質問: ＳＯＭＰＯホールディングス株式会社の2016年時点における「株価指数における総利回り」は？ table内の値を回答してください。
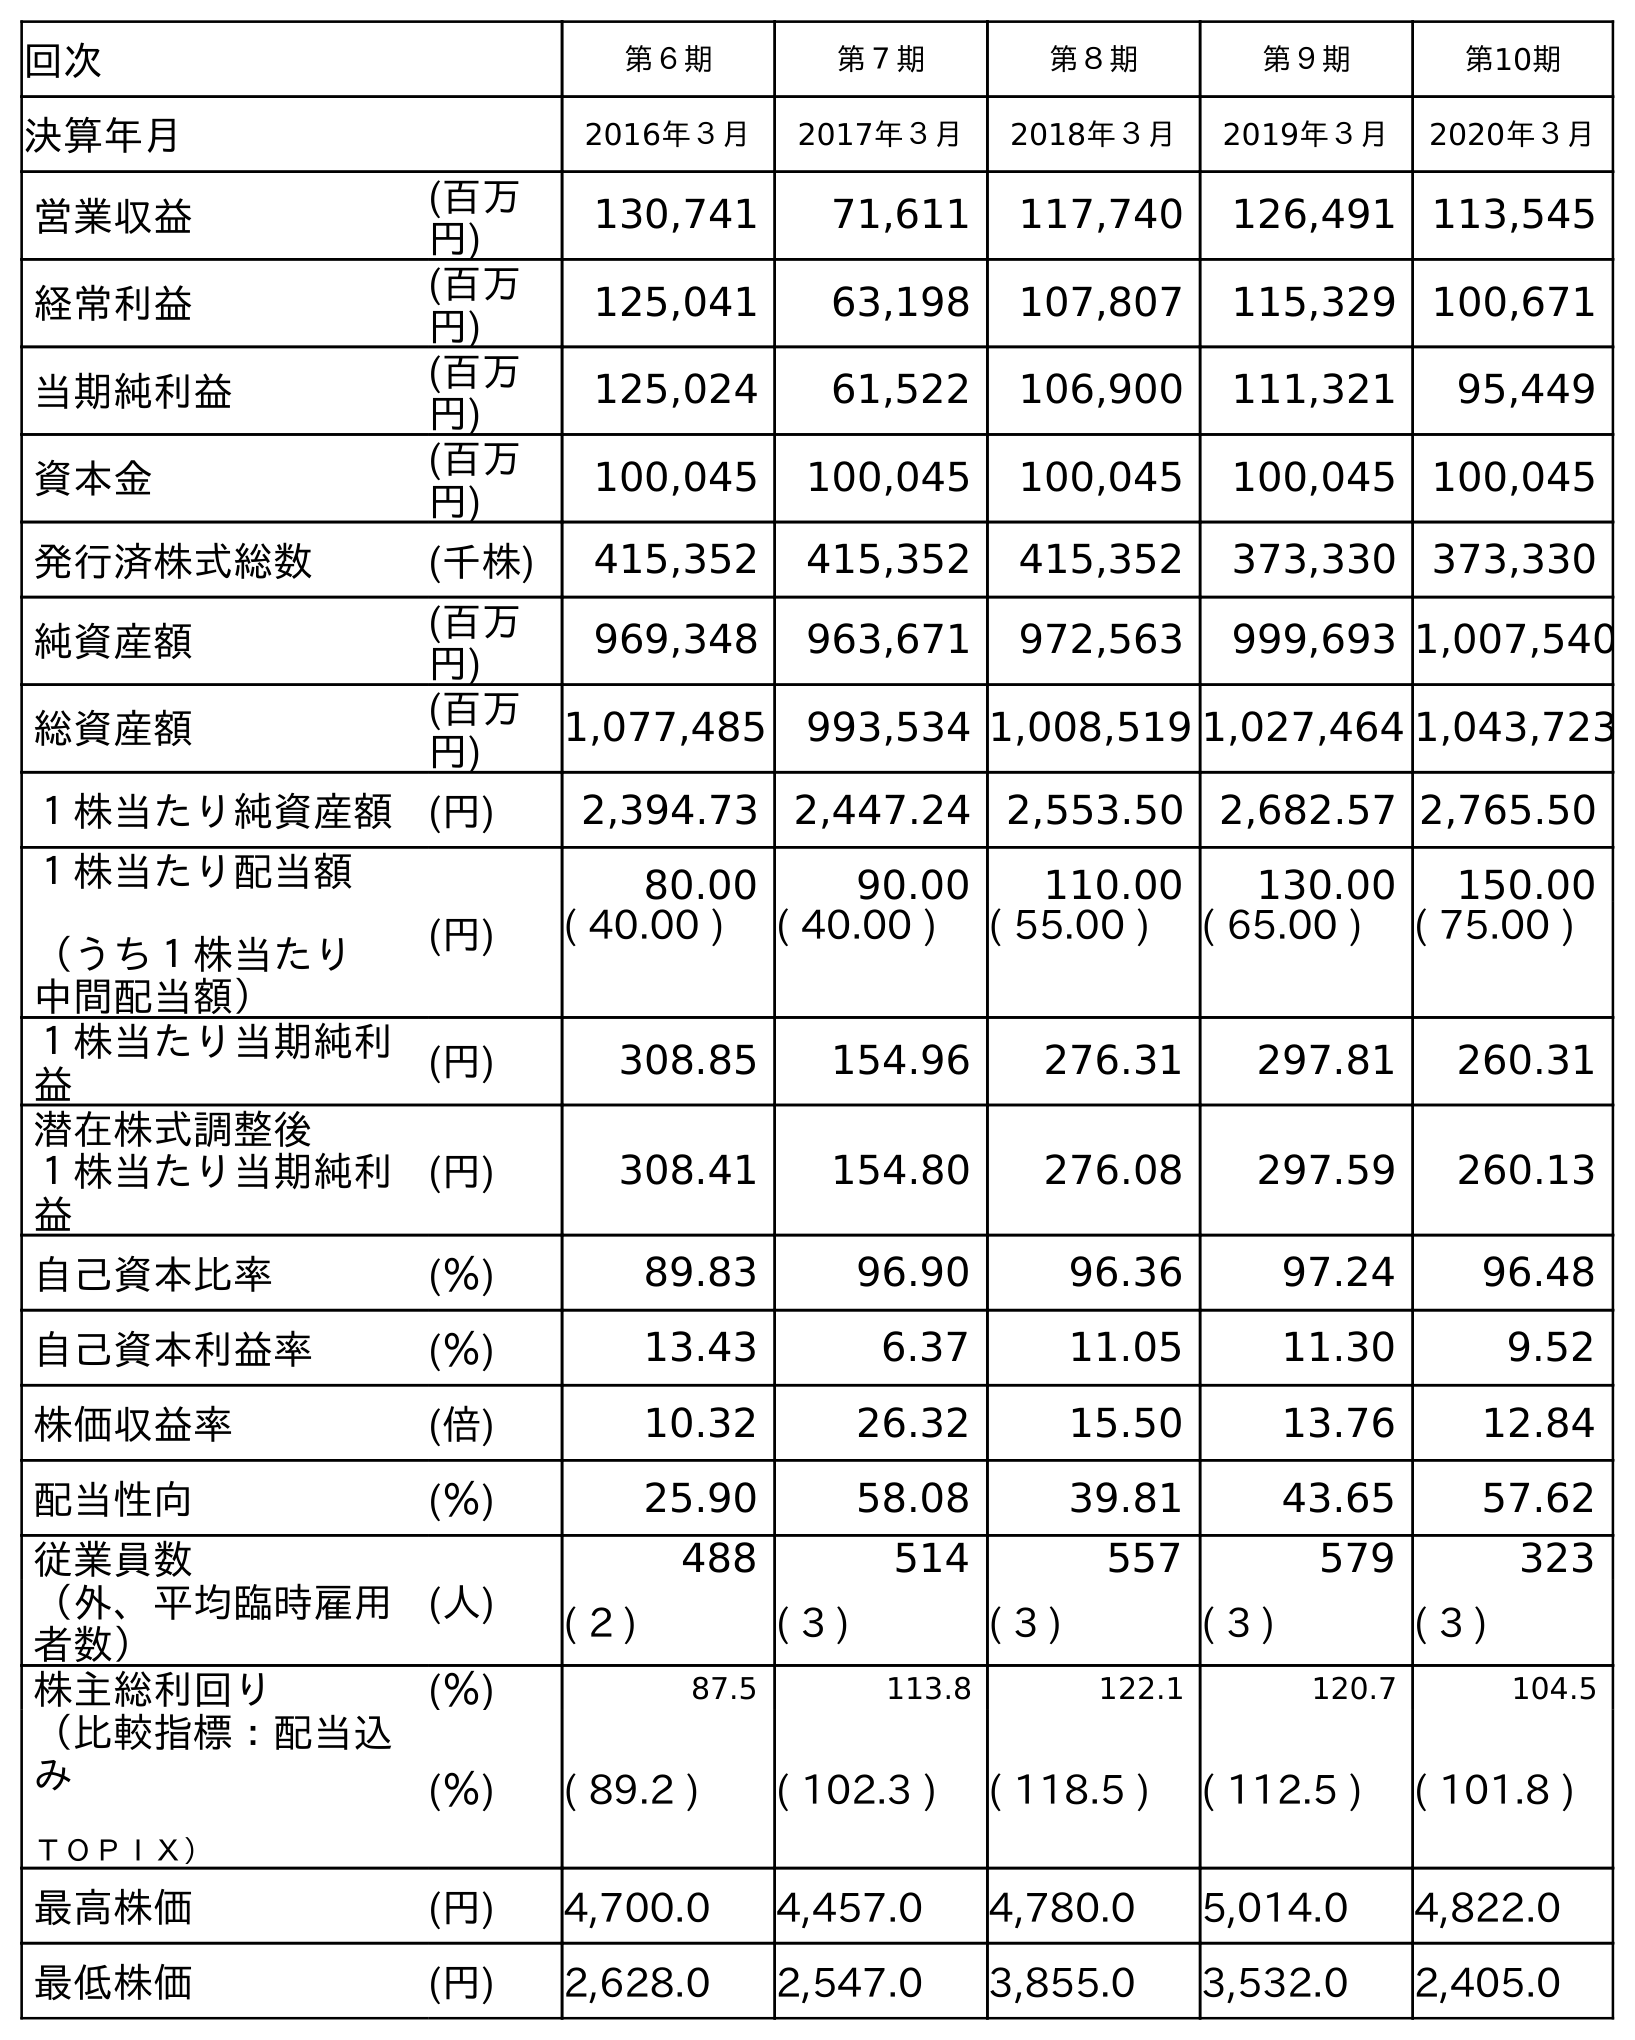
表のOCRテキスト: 回次 第６期 第７期 第８期 第９期 第10期 決算年月 2016年３月 2017年３月 2018年３月 2019年３月 2020年３月 営業収益 (百万 円) 130,741 71,611 117,740 126,491 113,545 経常利益 (百万 円) 125,041 63,198 107,807 115,329 100,671 当期純利益 (百万 円) 125,024 61,522 106,900 111,321 95,449 資本金 (百万 円) 100,045 100,045 100,045 100,045 100,045 発行済株式総数 (千株) 415,352 415,352 415,352 373,330 373,330 純資産額 (百万 円) 969,348 963,671 972,563 999,693 1,007,540 総資産額 (百万 円) 1,077,485 993,534 1,008,519 1,027,464 1,043,723 １株当たり純資産額 (円) 2,394.73 2,447.24 2,553.50 2,682.57 2,765.50 １株当たり配当額 （うち１株当たり 中間配当額） (円) 80.00 90.00 110.00 130.00 150.00 ( 40.00 ) ( 40.00 ) ( 55.00 ) ( 65.00 ) ( 75.00 ) １株当たり当期純利 益 (円) 308.85 154.96 276.31 297.81 260.31 潜在株式調整後 １株当たり当期純利 益 (円) 308.41 154.80 276.08 297.59 260.13 自己資本比率 (％) 89.83 96.90 96.36 97.24 96.48 自己資本利益率 (％) 13.43 6.37 11.05 11.30 9.52 株価収益率 (倍) 10.32 26.32 15.50 13.76 12.84 配当性向 (％) 25.90 58.08 39.81 43.65 57.62 従業員数 (人) 488 514 557 579 323 （外、平均臨時雇用 者数） ( 2 ) ( 3 ) ( 3 ) ( 3 ) ( 3 ) 株主総利回り (％) 87.5 113.8 122.1 120.7 104.5 （比較指標：配当込 み ＴＯＰＩＸ） (％) ( 89.2 ) ( 102.3 ) ( 118.5 ) ( 112.5 ) ( 101.8 ) 最高株価 (円) 4,700.0 4,457.0 4,780.0 5,014.0 4,822.0 最低株価 (円) 2,628.0 2,547.0 3,855.0 3,532.0 2,405.0
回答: (89.2)